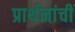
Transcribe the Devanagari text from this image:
प्रार्थनांची